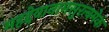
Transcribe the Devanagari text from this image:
महद्देवानामसुरत्वमेकं